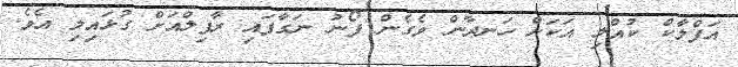
އަފްލާކް ކުއްލި އަކަށް ހަނދާން ވެގެން ފޯނު ނަގާފައި ރާފިލްއަށް ގުޅައިލި އެވެ.